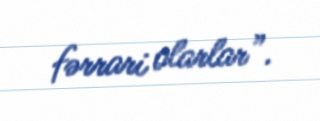
fərrari olarlar”.